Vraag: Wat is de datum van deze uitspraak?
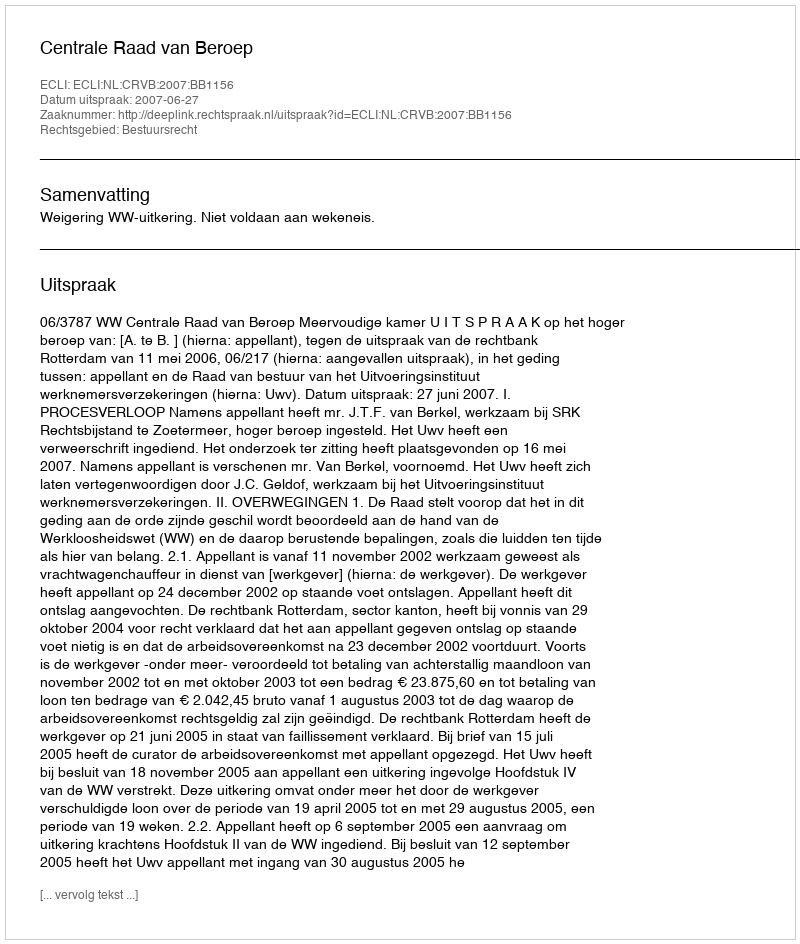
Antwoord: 2007-06-27